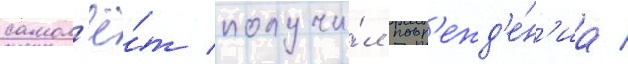
самол'ё́т получи́л повр'ежд'е́н'иа /